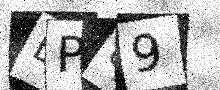
Text: BP89